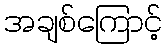
အချစ်ကြောင့်